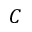
C